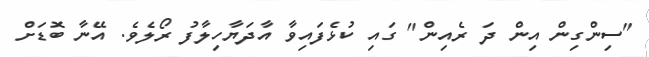
"ސިންގިން އިން ދަ ރެއިން" ގައި ކުޅެފައިވާ އާދަޔާހިލާފު ރޯލެވެ. އޭނާ ބޮޑަށް